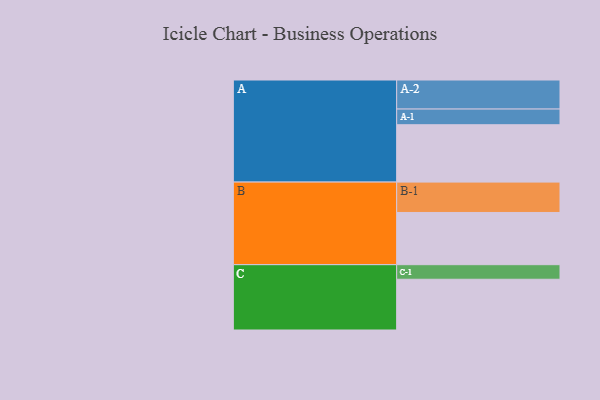
{"axis": {"x": "Segment", "y": "Value"}, "legend": ["", "A", "B", "C"], "data": [{"x": "A", "y": 468, "type": ""}, {"x": "B", "y": 426, "type": ""}, {"x": "C", "y": 414, "type": ""}, {"x": "A-1", "y": 128, "type": "A"}, {"x": "A-2", "y": 237, "type": "A"}, {"x": "B-1", "y": 248, "type": "B"}, {"x": "C-1", "y": 119, "type": "C"}]}